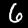
Label: 6